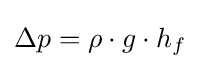
\Delta p=\rho \cdot g\cdot h_{f}